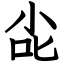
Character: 㕾